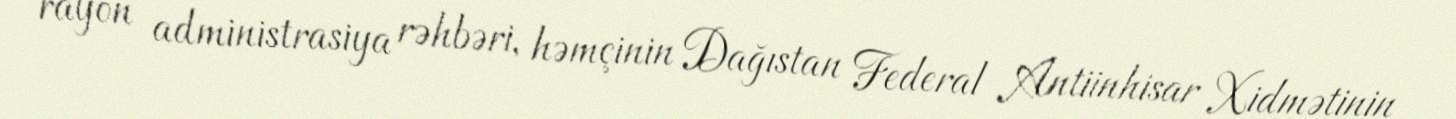
rayon administrasiya rəhbəri, həmçinin Dağıstan Federal Antiinhisar Xidmətinin